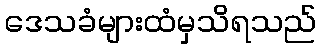
ဒေသခံများထံမှသိရသည်